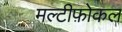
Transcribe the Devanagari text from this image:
मल्टीफ़ोकल